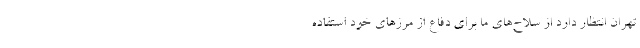
تهران انتظار دارد از سلاح‌های ما برای دفاع از مرز‌های خود استفاده